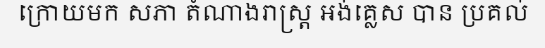
ក្រោយមក សភា តំណាងរាស្ត្រ អង់គ្លេស បាន ប្រគល់